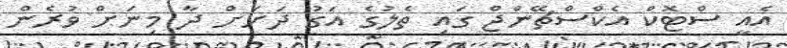
އެއީ ސްޓޮކް އެކްސްޗޭންޖް ގައި ތެލުގެ އަގު ދަށަށް ދާ މިނަށް ވުރެން